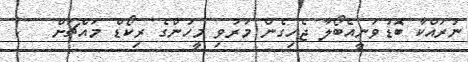
ނުރައްކާ ބޮޑުވަނީއެބޯލާ ޖެހިގެން މަރުވި މީހުންގެ ރިކޯޑް މައްޗަށް   !